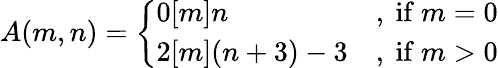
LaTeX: A(m,n)={\left\{ \begin{array}{ll}{0[m]n}&{{\mathrm{,~if~}}m=0}\\ {2[m](n+3)-3}&{{\mathrm{,~if~}}m>0}\end{array}\right.}